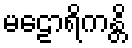
မဠောရိကန္တိ